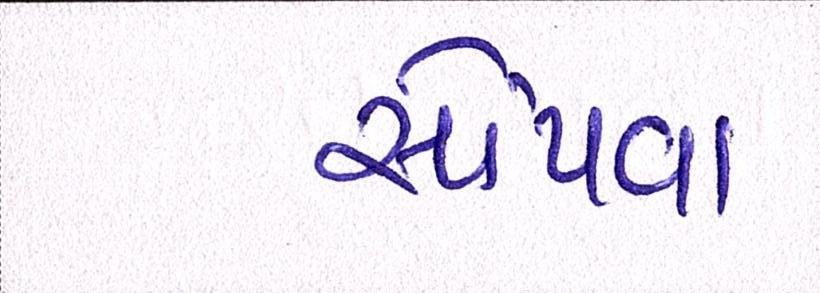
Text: સોંપવા